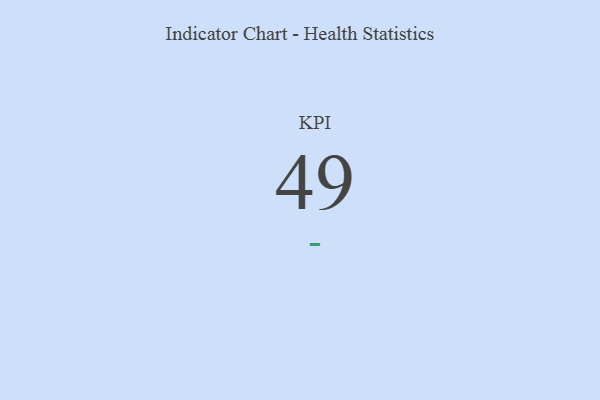
{"axis": {"x": "KPI", "y": "Value"}, "legend": [""], "data": [{"x": "KPI", "y": 49, "type": ""}]}